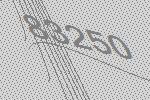
83250